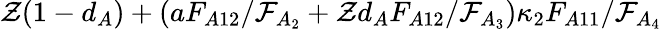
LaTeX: \mathcal{Z}(1-d_{A})+(aF_{A12}/\mathcal{F}_{A_{2}}+\mathcal{Z}d_{A}F_{A12}/\mathcal{F}_{A_{3}})\kappa_{2}F_{A11}/\mathcal{F}_{A_{4}}